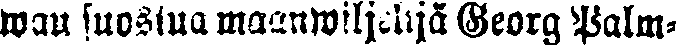
wan suostua maanwiljelijä Georg Palm-